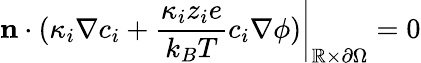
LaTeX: \left.\mathbf{n}\cdot(\kappa_{i}\nabla c_{i}+\frac{\kappa_{i}z_{i}e}{k_{B}T}c_{i}\nabla\phi)\right|_{\mathbb{R}\times\partial\Omega}=0